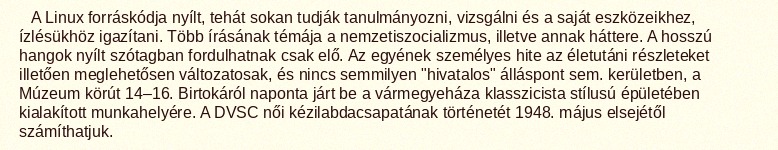
A Linux forráskódja nyílt, tehát sokan tudják tanulmányozni, vizsgálni és a saját eszközeikhez, ízlésükhöz igazítani. Több írásának témája a nemzetiszocializmus, illetve annak háttere. A hosszú hangok nyílt szótagban fordulhatnak csak elő. Az egyének személyes hite az életutáni részleteket illetően meglehetősen változatosak, és nincs semmilyen "hivatalos" álláspont sem. kerületben, a Múzeum körút 14–16. Birtokáról naponta járt be a vármegyeháza klasszicista stílusú épületében kialakított munkahelyére. A DVSC női kézilabdacsapatának történetét 1948. május elsejétől számíthatjuk.